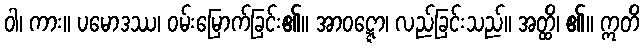
ဝါ၊ ကား။ ပမောဒဿ၊ ဝမ်းမြောက်ခြင်း၏။ အာဝဋ္ဋော၊ လည်ခြင်းသည်။ အတ္ထိ၊ ၏။ ဣတိ